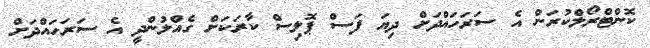
ކޮންޓްރޯލްކުރަން އެ ސަރަހައްދަށް ދިޔަ ފަސް ޕޮލިސް ކާރަކަށް ގެއްލުންދީ އެ ސަރަހައްދަށް